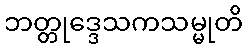
ဘတ္တုဒ္ဒေသကသမ္မုတိ